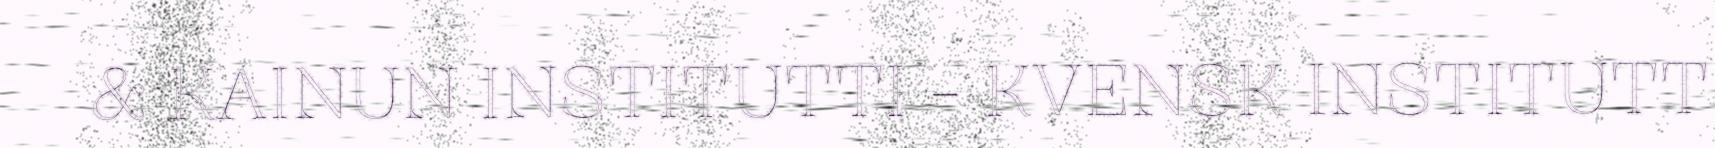
& KAINUN INSTITUTTI - KVENSK INSTITUTT